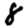
Digit: 8